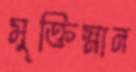
মুক্তিস্নান